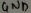
Text: GND